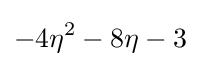
-4\eta ^{2}-8\eta -3